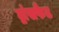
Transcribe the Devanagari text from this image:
ट्रांसफैट